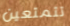
تتمتعين